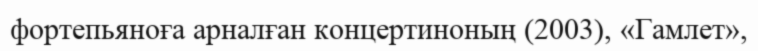
фортепьяноға арналған концертиноның (2003), «Гамлет»,